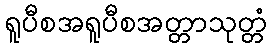
ရူပီစအရူပီစအတ္တာသုတ္တံ